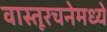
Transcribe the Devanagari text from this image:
वास्तूरचनेमध्ये